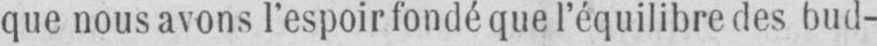
que nous avons l’espoir fondé que l’équilibre des bud-